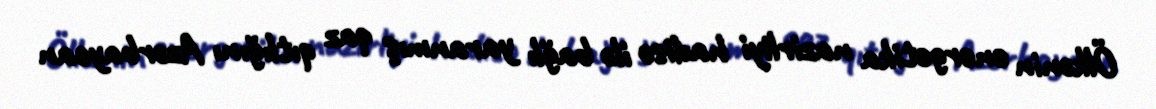
Ölkənin energetika nazirliyi hadisə ilə bağlı yaranmış qaz qıtlığını Azərbaycan